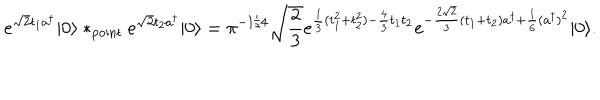
e ^ { \sqrt { 2 } t _ { 1 } a ^ { \dagger } } \vert 0 \rangle * _ { \mathrm { p o i n t } } e ^ { \sqrt { 2 } t _ { 2 } a ^ { \dagger } } \vert 0 \rangle = \pi ^ { - 1 / 4 } \sqrt { \frac { 2 } { 3 } } e ^ { { \frac { 1 } { 3 } } ( t _ { 1 } ^ { 2 } + t _ { 2 } ^ { 2 } ) - { \frac { 4 } { 3 } } t _ { 1 } t _ { 2 } } e ^ { - { \frac { 2 \sqrt { 2 } } { 3 } } ( t _ { 1 } + t _ { 2 } ) a ^ { \dagger } + { \frac { 1 } { 6 } } ( a ^ { \dagger } ) ^ { 2 } } \vert 0 \rangle .